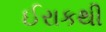
ઈરાકથી